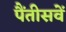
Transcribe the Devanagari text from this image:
पैंतीसवें